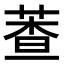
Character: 𦳘